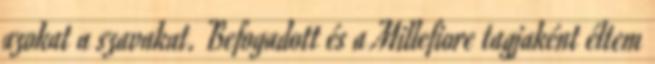
azokat a szavakat. Befogadott és a Millefiore tagjaként éltem